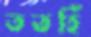
ততহিঁ